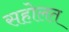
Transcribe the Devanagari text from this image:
सहोलत